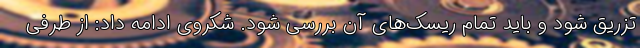
تزریق شود و باید تمام ریسک‌های آن بررسی شود. شکروی ادامه داد: از طرفی